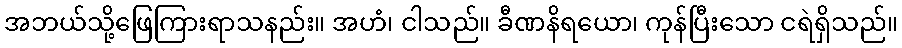
အဘယ်သို့ဖြေကြားရာသနည်း။ အဟံ၊ ငါသည်။ ခီဏနိရယော၊ ကုန်ပြီးသော ငရဲရှိသည်။